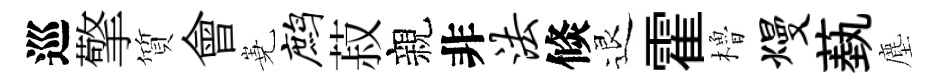
巡擎質會嶤鹧菽親非法倐退霍櫓熳蓺塵